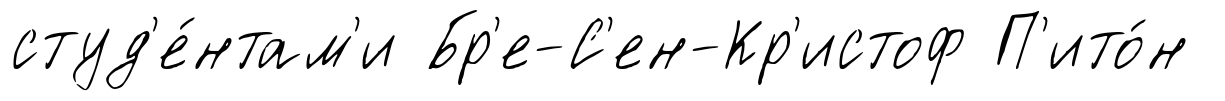
студ'е́нтам'и Бр'е-С'ен-Кр'истоф П'ито́н